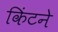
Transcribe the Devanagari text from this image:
किंटने